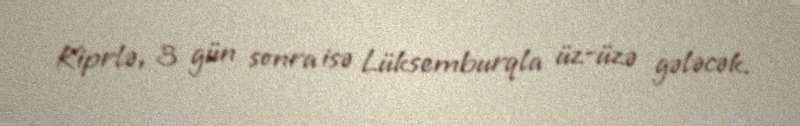
Kiprlə, 3 gün sonra isə Lüksemburqla üz-üzə gələcək.